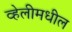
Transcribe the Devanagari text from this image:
व्हेलीमधील